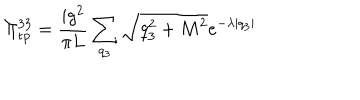
LaTeX: \Pi _ { \mathrm { t p } } ^ { 3 3 } = \frac { i g ^ { 2 } } { \pi L } \sum _ { q _ { 3 } } \sqrt { q _ { 3 } ^ { 2 } + M ^ { 2 } } e ^ { - \lambda | q _ { 3 } | }